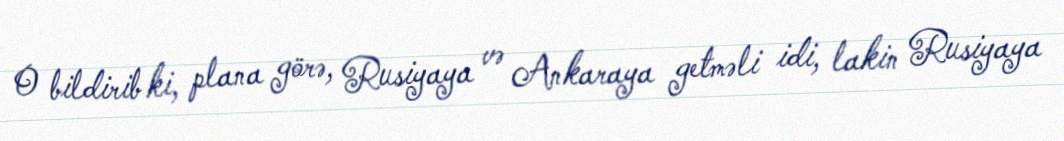
O bildirib ki, plana görə, Rusiyaya və Ankaraya getməli idi, lakin Rusiyaya